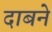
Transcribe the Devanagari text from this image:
दाबने